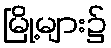
မြို့များ၌